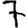
Digit: 7